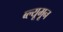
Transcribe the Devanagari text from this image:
ब्ल्यूमून